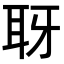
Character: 𦕆